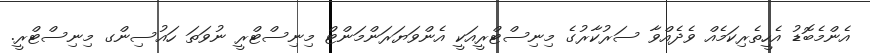
އެންމެބޮޑު އެހީތެރިކަމެއް ވެދެއްވާ ސަރުކާރުގެ މިނިސްޓްރީއަކީ އެންވަޔަރަންމަންޓް މިނިސްޓްރީ ނުވަތަ ހައުސިންގ މިނިސްޓްރީ.